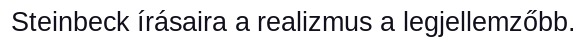
Steinbeck írásaira a realizmus a legjellemzőbb.